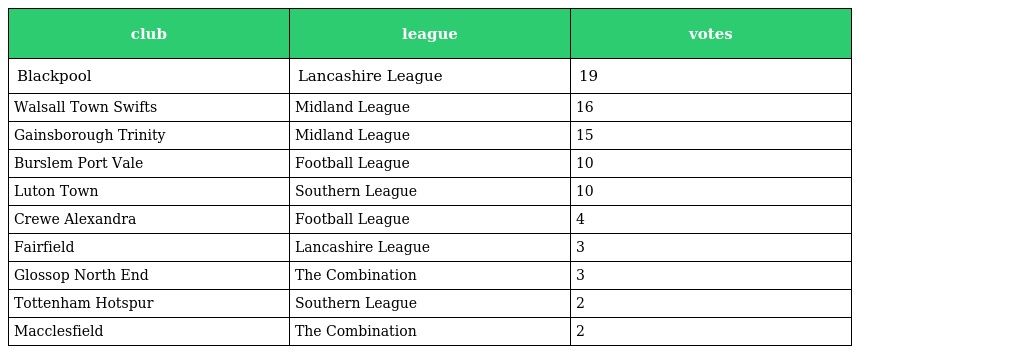
| club | league | votes |
 | --- | --- | --- |
 | Blackpool | Lancashire League | 19 |
 | Walsall Town Swifts | Midland League | 16 |
 | Gainsborough Trinity | Midland League | 15 |
 | Burslem Port Vale | Football League | 10 |
 | Luton Town | Southern League | 10 |
 | Crewe Alexandra | Football League | 4 |
 | Fairfield | Lancashire League | 3 |
 | Glossop North End | The Combination | 3 |
 | Tottenham Hotspur | Southern League | 2 |
 | Macclesfield | The Combination | 2 |